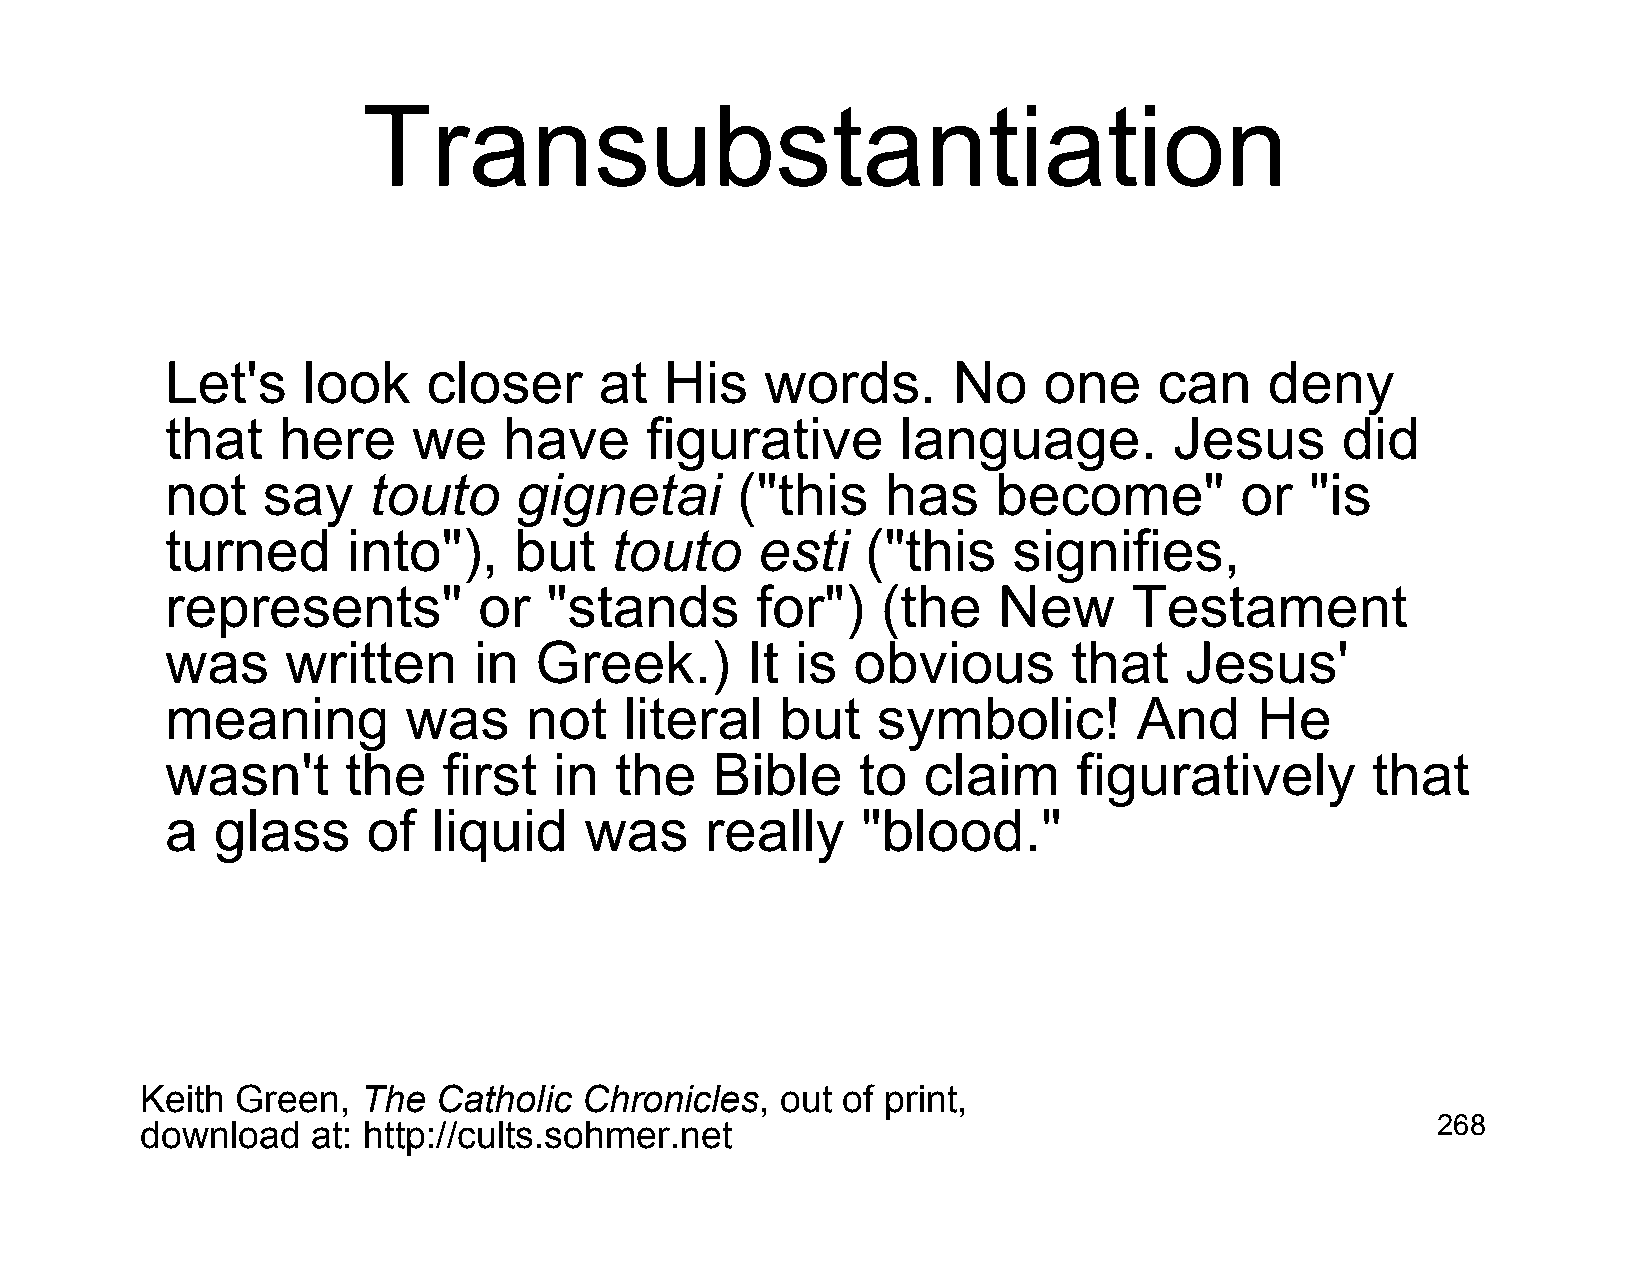
Transubstantiation
 Let's    look    closer      at  His    words.      No    one     can    deny
 that   here     we    have      figurative       language.         Jesus      did
 not   say    touto     gignetai       ("this    has    become"         or   "is
 turned      into"),    but   touto     esti   ("this    signifies,
 represents"          or  "stands       for")   (the    New      Testament
 was     written     in  Greek.)       It  is obvious        that   Jesus'
 meaning         was     not   literal    but   symbolic!        And     He
 wasn't      the   first   in  the   Bible     to  claim     figuratively        that
 a  glass     of   liquid    was     really    "blood."
 Keith  Green,  The  Catholic  Chronicles,  out of print,
 download    at: http://cults.sohmer.net                                               268